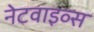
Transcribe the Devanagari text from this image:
नेटवाइव्स